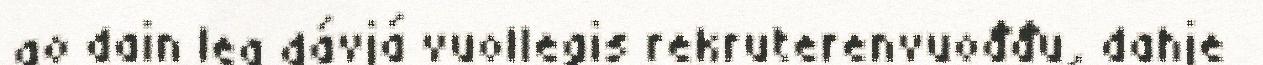
go dain lea dávjá vuollegis rekruterenvuođđu, dahje